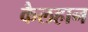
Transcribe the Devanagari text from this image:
कैलहान